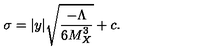
\sigma = | y | \sqrt { { \frac { - { \Lambda } } { \displaystyle { 6 M _ { X } ^ { 3 } } } } } + c . \,